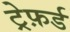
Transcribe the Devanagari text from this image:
ट्रेफ़र्ड